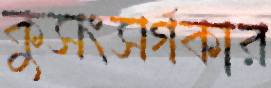
কুসংসর্গকার